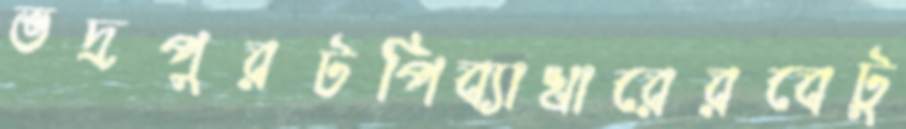
ভদ্রপুরটপিব্যাখারেরবেটু